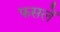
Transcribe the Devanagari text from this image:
फसलेँ